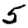
Digit: 5